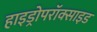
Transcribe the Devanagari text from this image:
हाइड्रोपरॉक्साइड